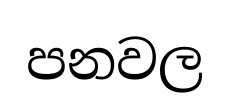
පනවල